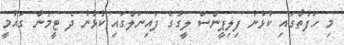
މި ހަފުތާގައި ކުޅުނު ފިލިޕީންސް ލީގުގެ ފައިނަލްގައި ކުޅުނު ދެ ޓީމުން ގައުމީ